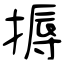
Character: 搙